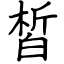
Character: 皙